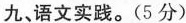
九、语文实践。(5分)